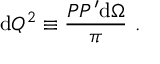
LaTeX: \mathrm { d } Q ^ { 2 } \equiv \frac { P P ^ { \prime } \mathrm { d } \Omega } { \pi } ~ .